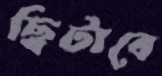
ছিটাবে